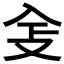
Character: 𠓥